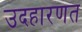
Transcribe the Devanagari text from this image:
उदहारणत